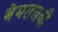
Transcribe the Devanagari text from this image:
बेमतलबी